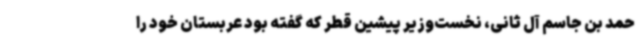
حمد بن جاسم آل ثانی، نخست‌وزیر پیشین قطر که گفته بود عربستان خود را